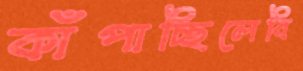
কাঁপাচ্ছিলেবি